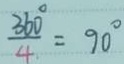
\frac { 3 6 0 ^ { \circ } } { 4 } = 9 0 ^ { \circ }